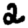
Digit: 2